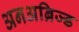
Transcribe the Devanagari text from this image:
अनअब्रिज्ड